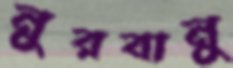
নুরবানু